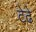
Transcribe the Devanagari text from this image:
टेढे़